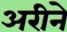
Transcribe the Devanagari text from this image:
अरीने